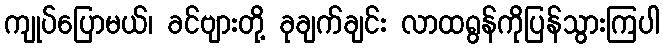
ကျုပ်ပြောမယ်၊ ခင်ဗျားတို့ ခုချက်ချင်း လာထရွန်ကိုပြန်သွားကြပါ